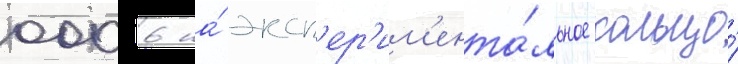
0006 на́ эксп'ер'им'ента́льное кольцо́